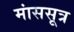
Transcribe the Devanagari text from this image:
मांससूत्र